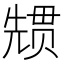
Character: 𭀳